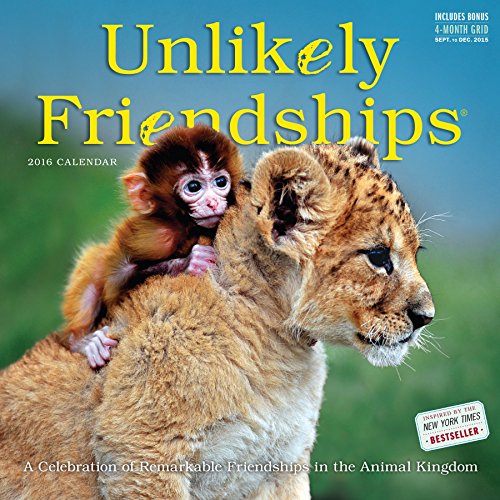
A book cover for Unlikely Friendships Wall Calendar 2016; Jennifer S. Holland; Calendars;